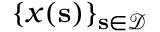
\{ \boldsymbol { x } ( \mathbf { s } ) \} _ { \mathbf { s } \in \mathcal { D } }